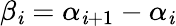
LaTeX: \beta_{\mathit{i}}=\alpha_{\mathit{i}+1}-\alpha_{\mathit{i}}